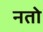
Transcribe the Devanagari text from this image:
नतो